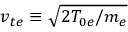
v _ { t e } \equiv \sqrt { 2 T _ { 0 e } / m _ { e } }